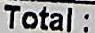
TOTAL :